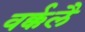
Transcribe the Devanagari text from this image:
वर्क्कलै